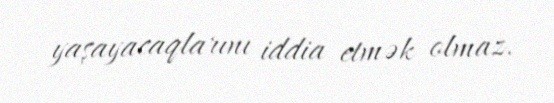
yaşayacaqlarını iddia etmək olmaz.